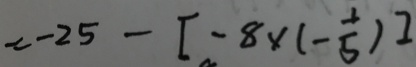
= - 2 5 - [ - 8 \times ( - \frac { 1 } { 5 } ) ]